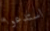
استدعوا